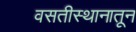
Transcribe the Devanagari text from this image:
वसतीस्थानातून